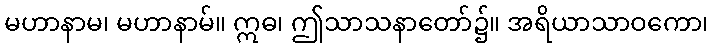
မဟာနာမ၊ မဟာနာမ်။ ဣဓ၊ ဤသာသနာတော်၌။ အရိယာသာဝကော၊